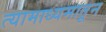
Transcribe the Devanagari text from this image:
त्यामाध्यमातून